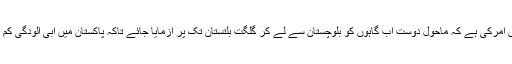
ضرورت اس امرکی ہے کہ ماحول دوست آب گاہوں کو بلوچستان سے لے کر گلگت بلتستان تک پر آزمایا جائے تاکہ پاکستان میں آبی آلودگی کم کی جاسکے۔